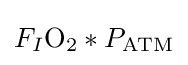
F_{I}{\ce {O2}}*P_{{\ce {ATM}}}